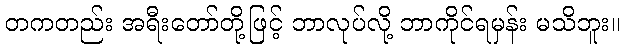
တကတည်း အရီးတော်တို့ဖြင့် ဘာလုပ်လို့ ဘာကိုင်ရမှန်း မသိဘူး။